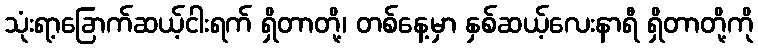
သုံးရာ့ခြောက်ဆယ့်ငါးရက် ရှိတာတို့၊ တစ်နေ့မှာ နှစ်ဆယ့်လေးနာရီ ရှိတာတို့ကို